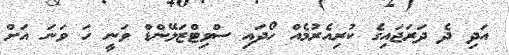
އަދި ދެ ދަރަޖައިގެ ކުރިއެރުމެއް ހޯދައި ސްވިޓްޒަލޭންޑް ވަނީ ހަ ވަނަ އަށް